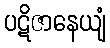
ပဋိဇာနေယျံ